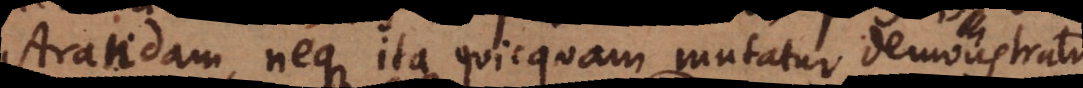
demonstrandam, neque ita quicquam mutatur demonstratio